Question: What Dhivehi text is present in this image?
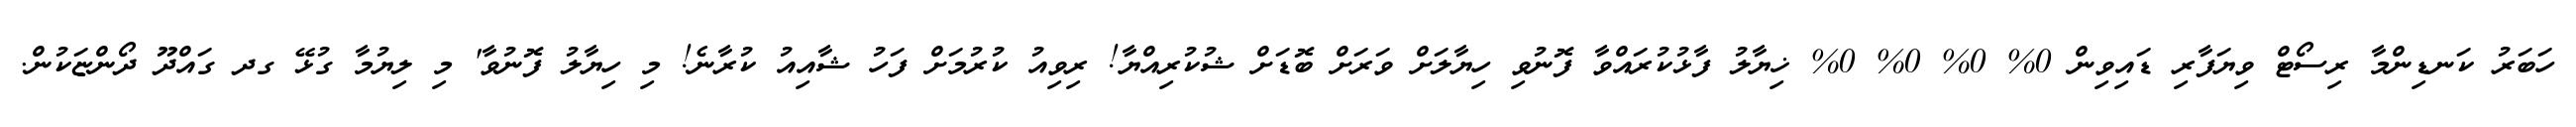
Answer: ހަބަރު ކަނޑިންމާ ރިސޯޓް ވިޔަފާރި ޑައިވިން 0% 0% 0% 0% ޚިޔާލު ފާޅުކުރައްވާ ފޮނުވި ހިޔާލަށް ވަރަށް ބޮޑަށް ޝުކުރިއްޔާ! ރިވިއު ކުރުމަށް ފަހު ޝާއިއު ކުރާނެ! މި ހިޔާލު ފޮނުވާ' މި ލިޔުމާ ގުޅޭ ގދ ގައްދޫ ދޯންޏަކުން.